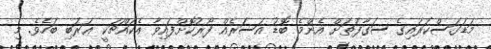
މަޑަގަސްކަރައިގެ ސަގާފަތަށް އެންމެ ބޮޑު އަސަރެއް ފޯރުކޮށްފައިވާ އެކައްޗަކީ ޢަރަބި ބަހެވެ. މި